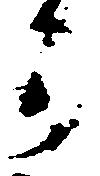
か